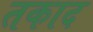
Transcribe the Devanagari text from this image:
तकाद